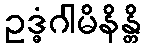
ဥဒ္ဓံဂါမိနိန္တိ